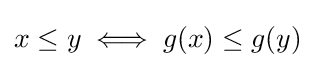
x\leq y\iff g(x)\leq g(y)